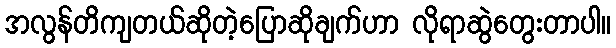
အလွန်တိကျတယ်ဆိုတဲ့ပြောဆိုချက်ဟာ လိုရာဆွဲတွေးတာပါ။